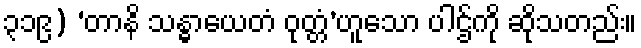
၃၁၉) ‘တာနိ သန္ဓာယေတံ ဝုတ္တံ’ဟူသော ပါဌ်ကို ဆိုသတည်း။